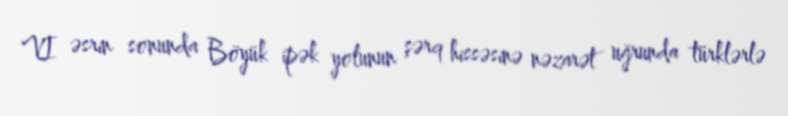
VI əsrin sonunda Böyük ipək yolunun şərq hissəsinə nəzarət uğrunda türklərlə